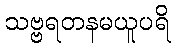
သဗ္ဗရတနမယူပရိ